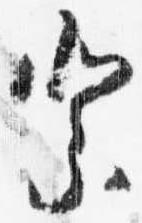
祭